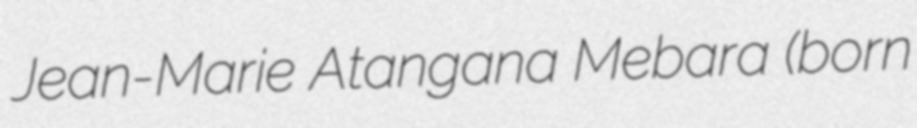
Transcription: Jean-Marie Atangana Mebara (born